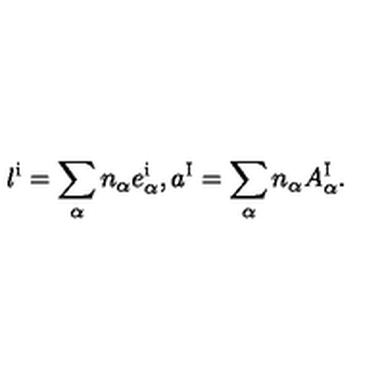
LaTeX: l ^ { \mathrm { i } } = \sum _ { \alpha } n _ { \alpha } { e _ { \alpha } ^ { \mathrm { i } } } , a ^ { \mathrm { I } } = \sum _ { \alpha } n _ { \alpha } A _ { \alpha } ^ { \mathrm { I } } .